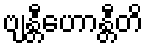
ဗျန္တီဟောန္တီတိ